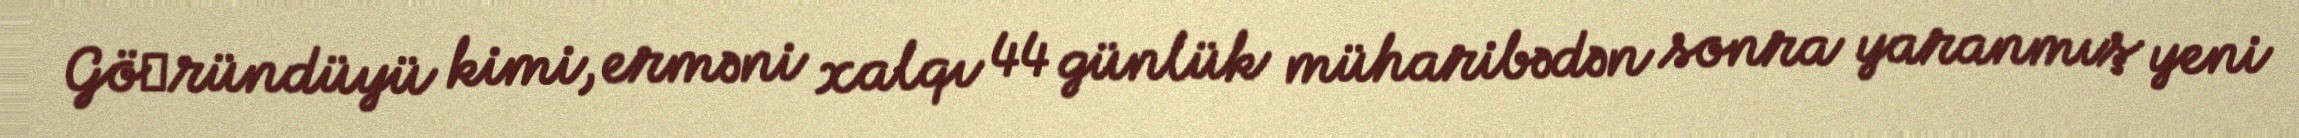
Gö­ründüyü kimi, erməni xalqı 44 günlük müharibədən sonra yaranmış yeni